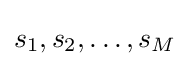
s_{1},s_{2},\ldots ,s_{M}